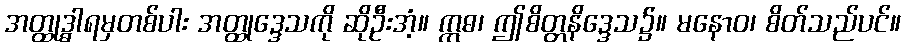
အတ္ထုဒ္ဓါရမှတစ်ပါး အတ္ထုဒ္ဒေသကို ဆိုဦးအံ့။ ဣဓ၊ ဤစိတ္တနိဒ္ဒေသ၌။ မနောဝ၊ စိတ်သည်ပင်။